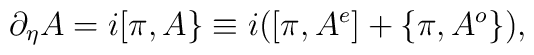
\partial_\eta A=i[\pi,A\}\equiv i([\pi,A^e]+\{\pi,A^o\}),